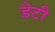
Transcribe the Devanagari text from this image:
डेटी